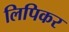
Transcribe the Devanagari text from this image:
लिपिकर